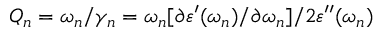
Q _ { n } = \omega _ { n } / \gamma _ { n } = \omega _ { n } [ \partial \varepsilon ^ { \prime } ( \omega _ { n } ) / \partial \omega _ { n } ] / 2 \varepsilon ^ { \prime \prime } ( \omega _ { n } )